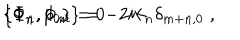
\{ \Phi _ { n } , p _ { 0 } \} = 0 \hspace { 3 c m } \{ \Phi _ { n } , \Phi _ { m } \} = - 2 i k _ { n } \delta _ { m + n , 0 } \; ,